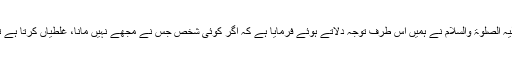
حضرت مسیح موعود علیہ الصلوۃ والسلام نے ہمیں اس طرف توجہ دلاتے ہوئے فرمایا ہے کہ اگر کوئی شخص جس نے مجھے نہیں مانا، غلطیاں کرتا ہے تو بیشک وہ گناہگار ہے۔